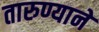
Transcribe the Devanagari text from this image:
तारुण्याने